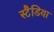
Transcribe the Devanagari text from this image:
स्टैडिया